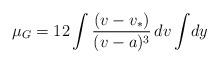
LaTeX: \begin{align*}\mu_G=12\int \frac{(v-v_*)}{(v-a)^3}\,dv\int\!dy\end{align*}